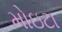
મોઇટા